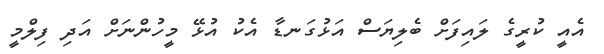
އެއީ ކުރީގެ ލައިފަށް ބެލިޔަސް އަޅުގަނޑާ އެކު އުޅޭ މީހުންނަށް އަދި ފިލްމީ